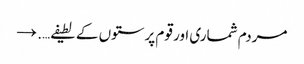
مردم شماری اور قوم پرستوں کے لطیفے…. →